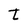
Character: t